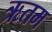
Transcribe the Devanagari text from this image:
ऋतम